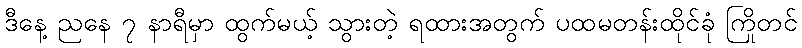
ဒီနေ့ ညနေ ၇ နာရီမှာ ထွက်မယ့် သွားတဲ့ ရထားအတွက် ပထမတန်းထိုင်ခုံ ကြိုတင်